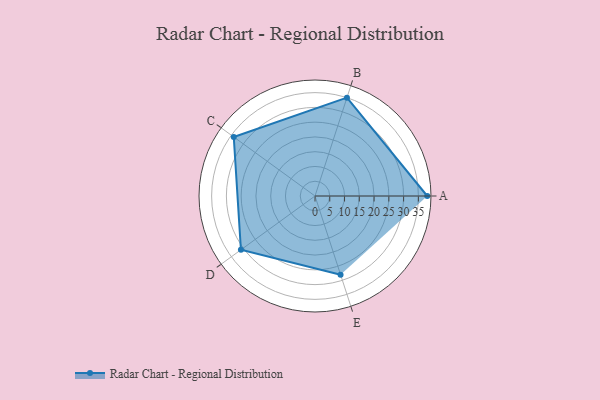
{"axis": {"x": "Skill", "y": "Score"}, "legend": ["Profile"], "data": [{"x": "A", "y": 38.0, "type": "Profile"}, {"x": "B", "y": 35.0, "type": "Profile"}, {"x": "C", "y": 34.0, "type": "Profile"}, {"x": "D", "y": 31.0, "type": "Profile"}, {"x": "E", "y": 28.0, "type": "Profile"}]}